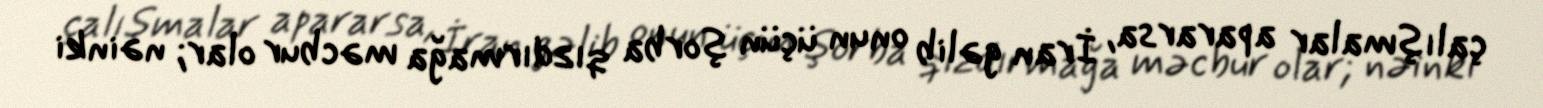
çalışmalar apararsa, İran gəlib onun üçün şorba qızdırmağa məcbur olar; nəinki